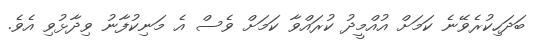
ބަދަހިކުރެވޭނެ ކަމަށް އުއްމީދު ކުރައްވާ ކަމަށް ވެސް އެ މަނިކުފާނު ވިދާޅުވި އެވެ.